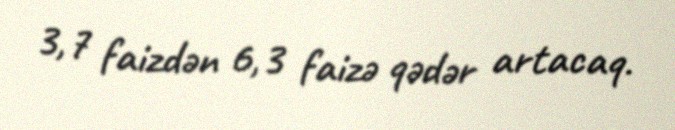
3,7 faizdən 6,3 faizə qədər artacaq.